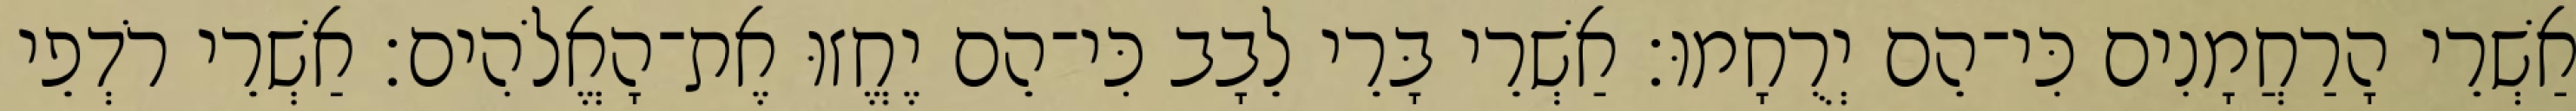
אַשְׁרֵי הָרַחֲמָנִים כִּי־הֵם יְרֻחָמוּ׃ אַשְׁרֵי בָּרֵי לֵבָב כִּי־הֵם יֶחֱזוּ אֶת־הָאֱלֹהִים׃ אַשְׁרֵי רֹדְפֵי